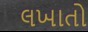
લખાતો